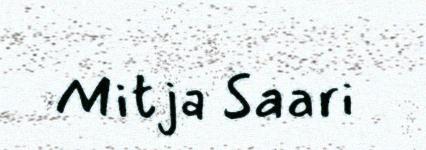
Mitja Saari